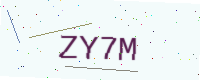
Text: ZY7M